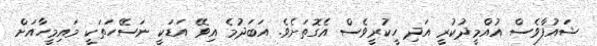
ޝައުފާވެސް އުއްމީދުކުރީ އަދި ހީކުރީވެސް އެގޮތަށެވެ. އަބަދުމެ އިވޭ އަޑަކީ ނަސޭހަތަކީ މައިމީހާއަށް